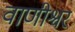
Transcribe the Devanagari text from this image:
वाणीश्वर